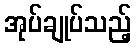
အုပ်ချုပ်သည့်